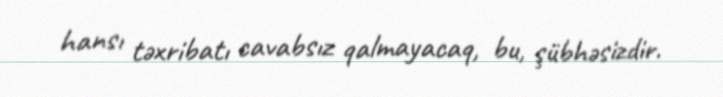
hansı təxribatı cavabsız qalmayacaq, bu, şübhəsizdir.